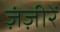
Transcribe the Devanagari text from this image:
ज़ंज़ीरें